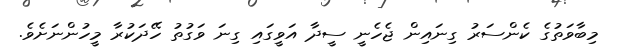
މިބާވަތުގެ ކެންސަރު ގިނައިން ޖެހެނީ ސީދާ އަވީގައި ގިނަ ވަގުތު ހޭދަކުރާ މީހުންނަށެވެ.